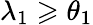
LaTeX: \lambda_{1}\geqslant\theta_{1}